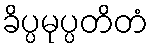
ခိပ္ပမုပ္ပတိတံ